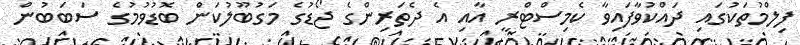
ފިލްމުތަކުގައި ދައްކުވާފައިވާ ކެމިސްޓްރީ އާއި އެ ދެތަރިންގެ ޖޯޑުގެ މަގުބޫލުކަން ބޮޑުވުމުގެ ސަބަބުން